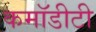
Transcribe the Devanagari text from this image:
कमॉडीटी